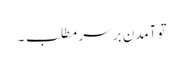
تو آمدن بر سرِ مطلب ۔